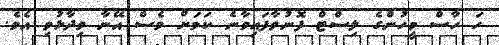
ހަ ހާސް މީހުންގެ ލިސްޓް ފޮނުވާފައިވާނެ ކަމަށް ވެސް އޭނާ ވިދާޅުވި އެވެ.